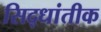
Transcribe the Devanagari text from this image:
सिद्धांतीक